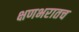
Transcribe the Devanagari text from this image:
क्षणभरातच